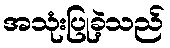
အသုံးပြုခဲ့သည်